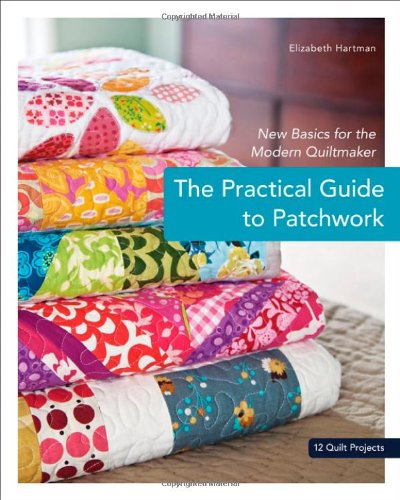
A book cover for The Practical Guide to Patchwork: New Basics for the Modern Quiltmaker; Elizabeth Hartman; Crafts, Hobbies & Home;